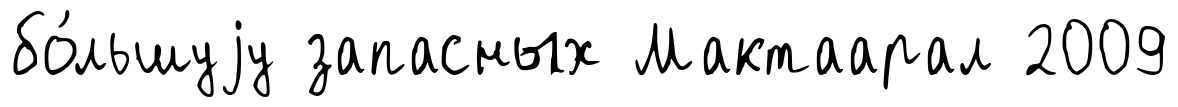
бо́льшуjу запасных Мактаарал 2009